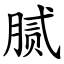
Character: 腻